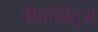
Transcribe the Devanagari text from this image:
गीगाबिट्स